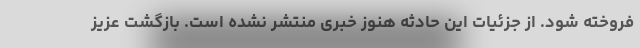
فروخته شود. از جزئیات این حادثه هنوز خبری منتشر نشده است. بازگشت عزیز